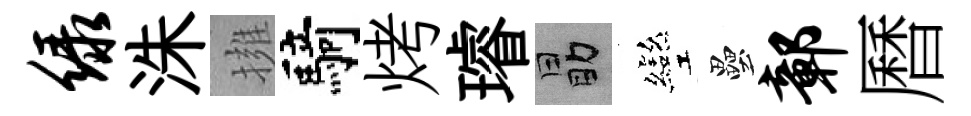
绿洙擁騎烤璿勗彎壘鄣曆